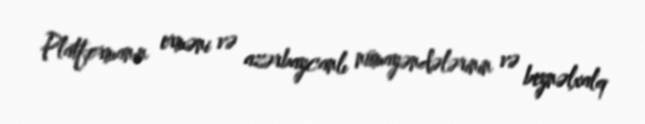
Platformanın erməni və azərbaycanlı nümayəndələrinin və beynəlxalq